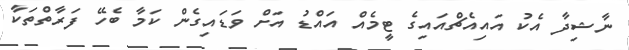
ނާޝިދާ އެކު އައިއެޗްއައިގެ ޓީމެއް އައްޑު އަށް ވަޑައިގެން ކަމާ ބެހޭ ފަރާތްތަކާ